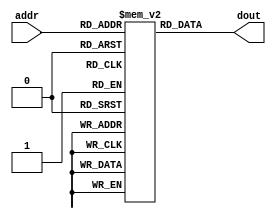
`timescale 1ns / 1ps
//////////////////////////////////////////////////////////////////////////////////
// Module Name: xup_rom_8x4
//////////////////////////////////////////////////////////////////////////////////
module xup_rom_8x4 #(parameter DELAY=3,rom_content=32'h12345678)(
    input [2:0] addr,
    output [3:0] dout
    );
    
    parameter N=4;//no. of bits rom word
    parameter N_WORDS=8;//no. of words in rom
    reg [N-1:0] rom [0:N_WORDS-1];
    //parameter rom_content=32'h12345678; left index of data
    parameter IXLEFT=N*N_WORDS-1;
    integer i;
    
    initial
    begin
        for(i=0;i<N_WORDS;i=i+1)
            rom[i]=rom_content[(IXLEFT-N*i)-:N];
    end
    
    assign #DELAY dout=rom[addr];  
endmodule